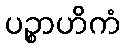
ပဉ္စာဟိကံ